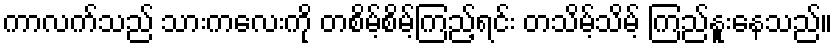
ကာလက်သည် သားကလေးကို တစိမ့်စိမ့်ကြည့်ရင်း တသိမ့်သိမ့် ကြည်နူးနေသည်။